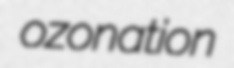
ozonation